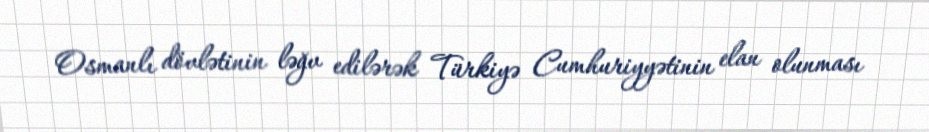
Osmanlı dövlətinin ləğv edilərək Türkiyə Cumhuriyyətinin elan olunması